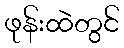
ဖုန်းထဲတွင်